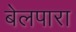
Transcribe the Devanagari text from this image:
बेलपारा